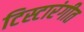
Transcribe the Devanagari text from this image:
टिस्टारंगीत